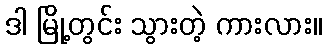
ဒါ မြို့တွင်း သွားတဲ့ ကားလား။